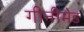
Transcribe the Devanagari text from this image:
गीनीमेड